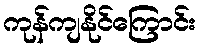
ကုန်ကျနိုင်ကြောင်း